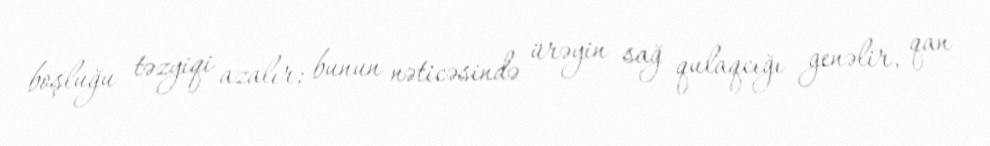
boşluğu təzyiqi azalır; bunun nəticəsində ürəyin sağ qulaqcığı genəlir, qan